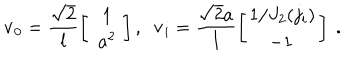
{ \bf v } _ { 0 } = \frac { \sqrt 2 } l \left[ \begin{array} { c } { { \, 1 } } \\ { { \, \, a ^ { 2 } \, } } \\ \end{array} \right] , \, \, \, { \bf v } _ { i } = \frac { { \sqrt 2 } a } l \left[ \begin{array} { c } { { 1 / J _ { 2 } ( j _ { i } ) } } \\ { { - 1 \, } } \\ \end{array} \right] \ .